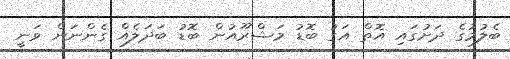
ބެލުމުގެ ދަށުގައި އޮތް އަގު ބޮޑު މަޝްރޫއުން ބޮޑު ބަދަލެއް ގެންނަން ވަނީ